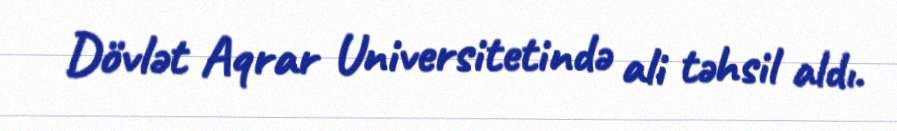
Dövlət Aqrar Universitetində ali təhsil aldı.